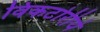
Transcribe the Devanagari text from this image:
विकटोरीये